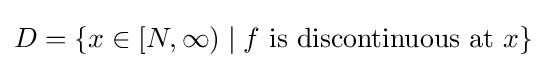
D=\{x\in [N,\infty )\mid f{\text{ is discontinuous at }}x\}